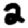
Digit: 2